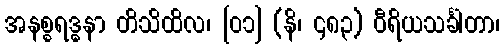
အနစ္စရဒ္ဓနာ တိသိထိလ၊ [၀၁] (နိ၊ ၄၈၃) ဝီရိယသင်္ခါတာ၊